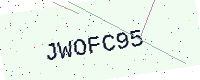
Text: JWOFC95